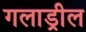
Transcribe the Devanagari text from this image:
गलाड्रील